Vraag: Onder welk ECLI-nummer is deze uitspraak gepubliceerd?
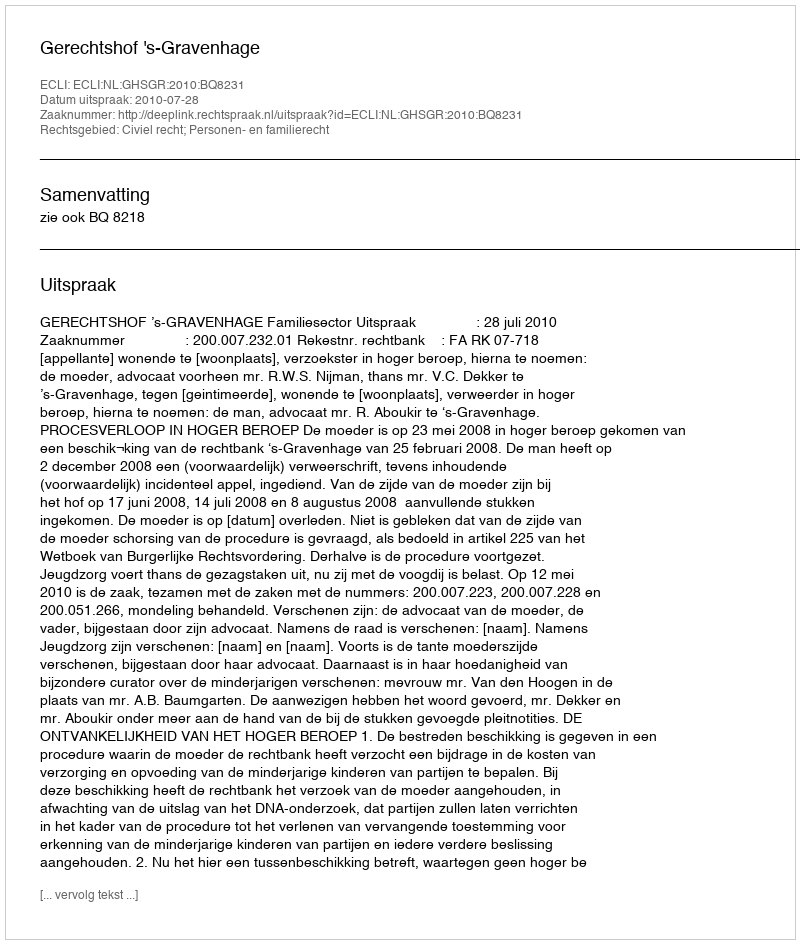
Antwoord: ECLI:NL:GHSGR:2010:BQ8231